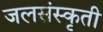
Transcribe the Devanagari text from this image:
जलसंस्कृती